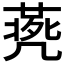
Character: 𠙨